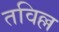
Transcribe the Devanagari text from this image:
तविल्ल